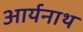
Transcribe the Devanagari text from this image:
आर्यनाथ